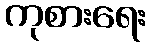
ကုစားရေး